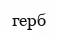
герб